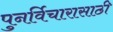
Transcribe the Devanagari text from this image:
पुनर्विचारासाठी